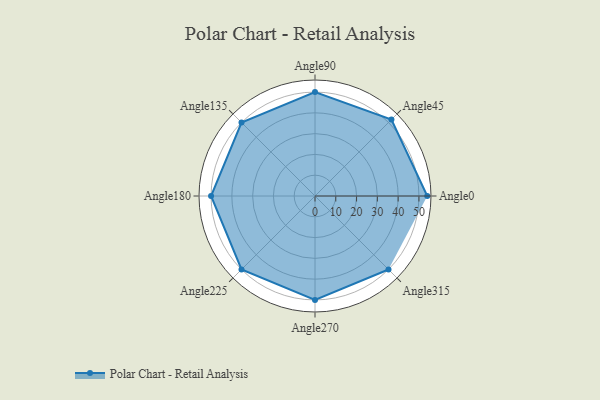
{"axis": {"x": "Angle", "y": "Radius"}, "legend": [""], "data": [{"x": "Angle0", "y": 54.0, "type": ""}, {"x": "Angle45", "y": 52.0, "type": ""}, {"x": "Angle90", "y": 50, "type": ""}, {"x": "Angle135", "y": 50, "type": ""}, {"x": "Angle180", "y": 50, "type": ""}, {"x": "Angle225", "y": 50, "type": ""}, {"x": "Angle270", "y": 50, "type": ""}, {"x": "Angle315", "y": 50, "type": ""}]}